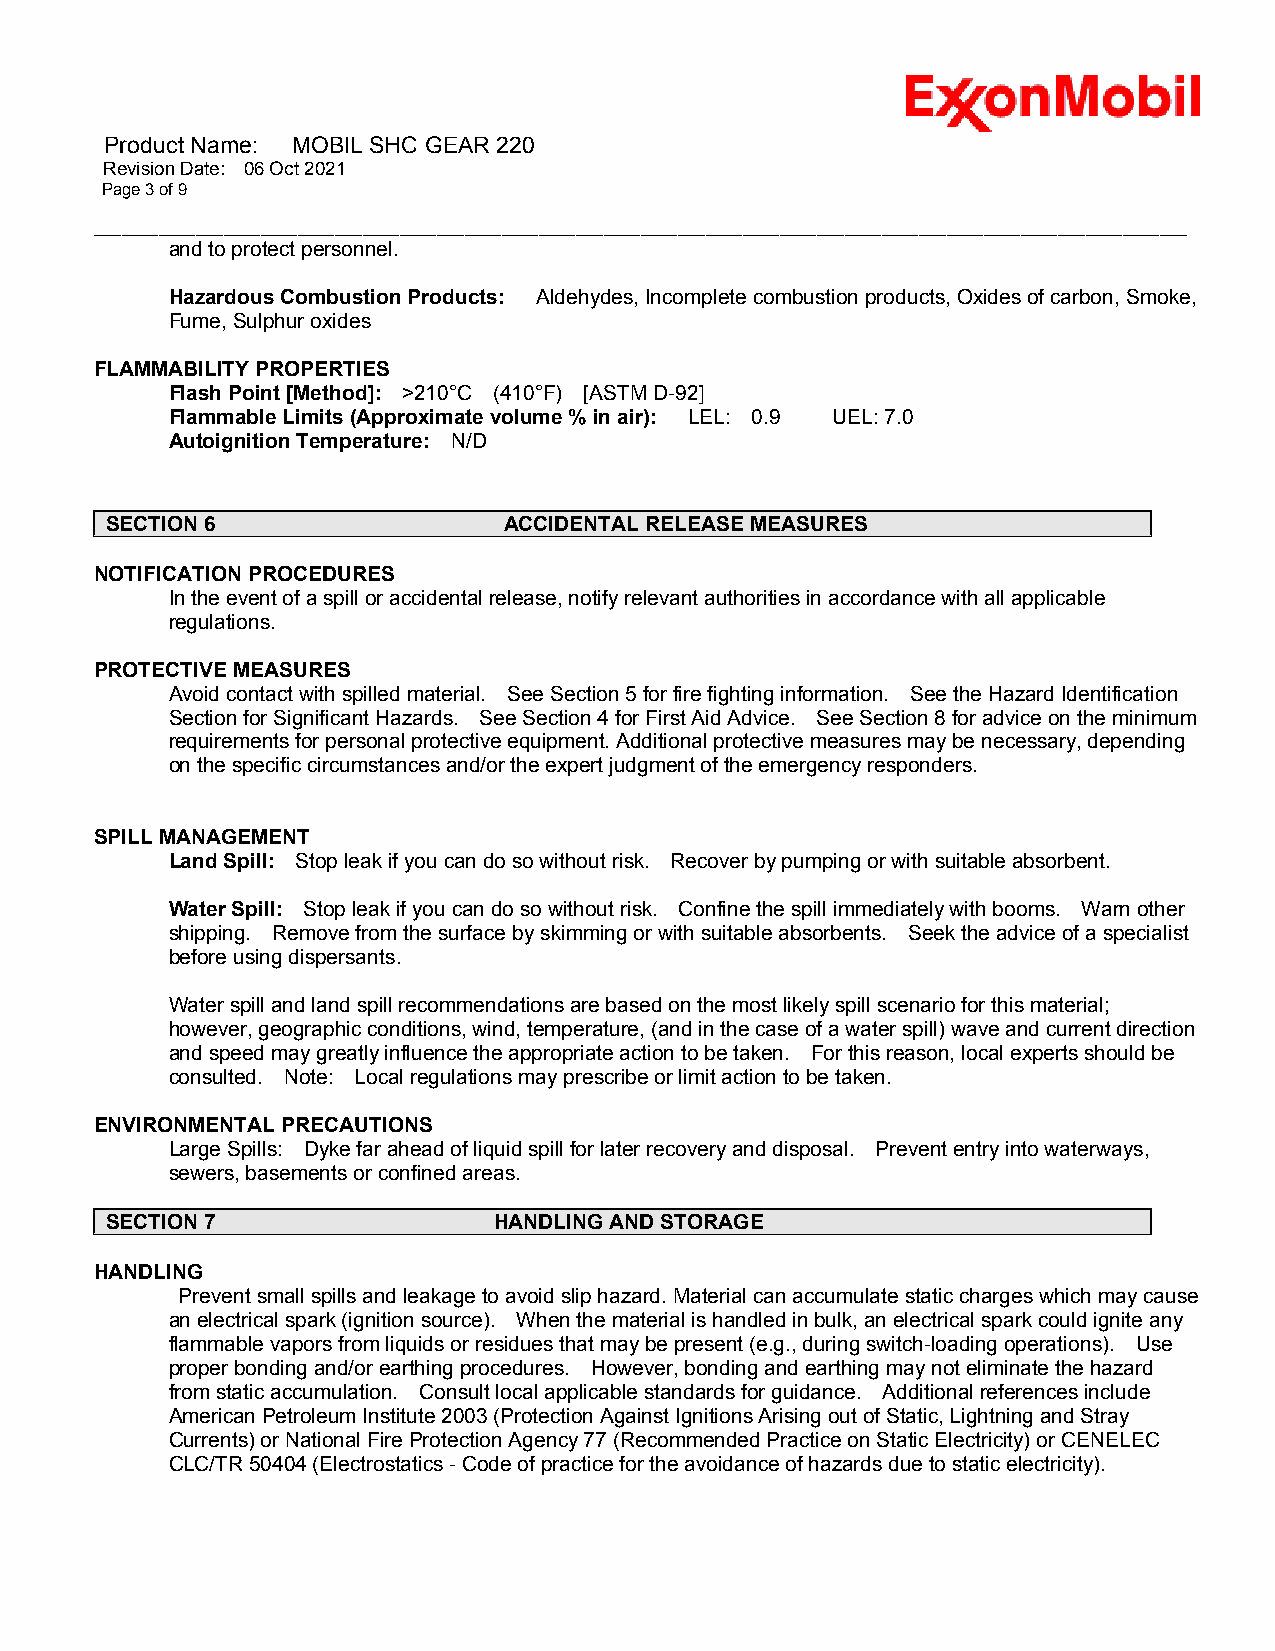
Product Name: MOBIL SHC GEAR 220
 Revision Date: 06 Oct 2021
 Page 3 of 9
 ______________________________________________________________________________________________________________________
 and to protect personnel.
 Hazardous Combustion Products: Aldehydes, Incomplete combustion products, Oxides of carbon, Smoke,
 Fume, Sulphur oxides
 FLAMMABILITY PROPERTIES
 Flash Point [Method]: >210°C (410°F) [ASTM D-92]
 Flammable Limits (Approximate volume % in air): LEL: 0.9 UEL: 7.0
 Autoignition Temperature: N/D
 SECTION 6                 ACCIDENTAL RELEASE MEASURES
 NOTIFICATION PROCEDURES
 In the event of a spill or accidental release, notify relevant authorities in accordance with all applicable
 regulations.
 PROTECTIVE MEASURES
 Avoid contact with spilled material. See Section 5 for fire fighting information. See the Hazard Identification
 Section for Significant Hazards. See Section 4 for First Aid Advice. See Section 8 for advice on the minimum
 requirements for personal protective equipment. Additional protective measures may be necessary, depending
 on the specific circumstances and/or the expert judgment of the emergency responders.
 SPILL MANAGEMENT
 Land Spill: Stop leak if you can do so without risk. Recover by pumping or with suitable absorbent.
 Water Spill: Stop leak if you can do so without risk. Confine the spill immediately with booms. Warn other
 shipping. Remove from the surface by skimming or with suitable absorbents. Seek the advice of a specialist
 before using dispersants.
 Water spill and land spill recommendations are based on the most likely spill scenario for this material;
 however, geographic conditions, wind, temperature, (and in the case of a water spill) wave and current direction
 and speed may greatly influence the appropriate action to be taken. For this reason, local experts should be
 consulted. Note: Local regulations may prescribe or limit action to be taken.
 ENVIRONMENTAL PRECAUTIONS
 Large Spills: Dyke far ahead of liquid spill for later recovery and disposal. Prevent entry into waterways,
 sewers, basements or confined areas.
 SECTION 7                 HANDLING AND STORAGE
 HANDLING
 Prevent small spills and leakage to avoid slip hazard. Material can accumulate static charges which may cause
 an electrical spark (ignition source). When the material is handled in bulk, an electrical spark could ignite any
 flammable vapors from liquids or residues that may be present (e.g., during switch-loading operations). Use
 proper bonding and/or earthing procedures. However, bonding and earthing may not eliminate the hazard
 from static accumulation. Consult local applicable standards for guidance. Additional references include
 American Petroleum Institute 2003 (Protection Against Ignitions Arising out of Static, Lightning and Stray
 Currents) or National Fire Protection Agency 77 (Recommended Practice on Static Electricity) or CENELEC
 CLC/TR 50404 (Electrostatics - Code of practice for the avoidance of hazards due to static electricity).